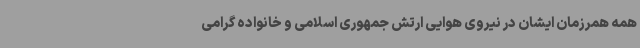
همه همرزمان ایشان در نیروی هوایی ارتش جمهوری اسلامی و خانواده گرامی